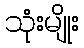
သုံးမျိုး